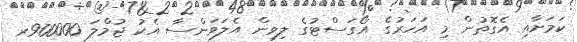
ކަމަށާއި އެގޮތުން މި އަހަރުގެ އޯގަސްޓުގެ ލިވިން އެލަވަންސާ އެކު ޖުމްލަ 900000ރ